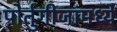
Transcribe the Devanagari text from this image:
पोर्तुगीजांमध्ये